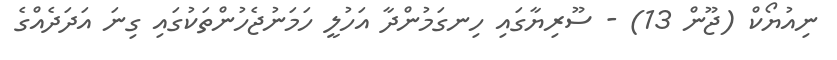
ނިއުޔޯކް (ޖޫން 13) - ސޫރިޔާގައި ހިނގަމުންދާ އަހުލީ ހަމަނުޖެހުންތަކުގައި ގިނަ އަދަދެއްގެ